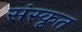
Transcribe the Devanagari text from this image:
संंस्कृृत